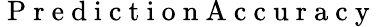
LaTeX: \mathrm{~P~r~e~d~i~c~t~i~o~n~A~c~c~u~r~a~c~y~}